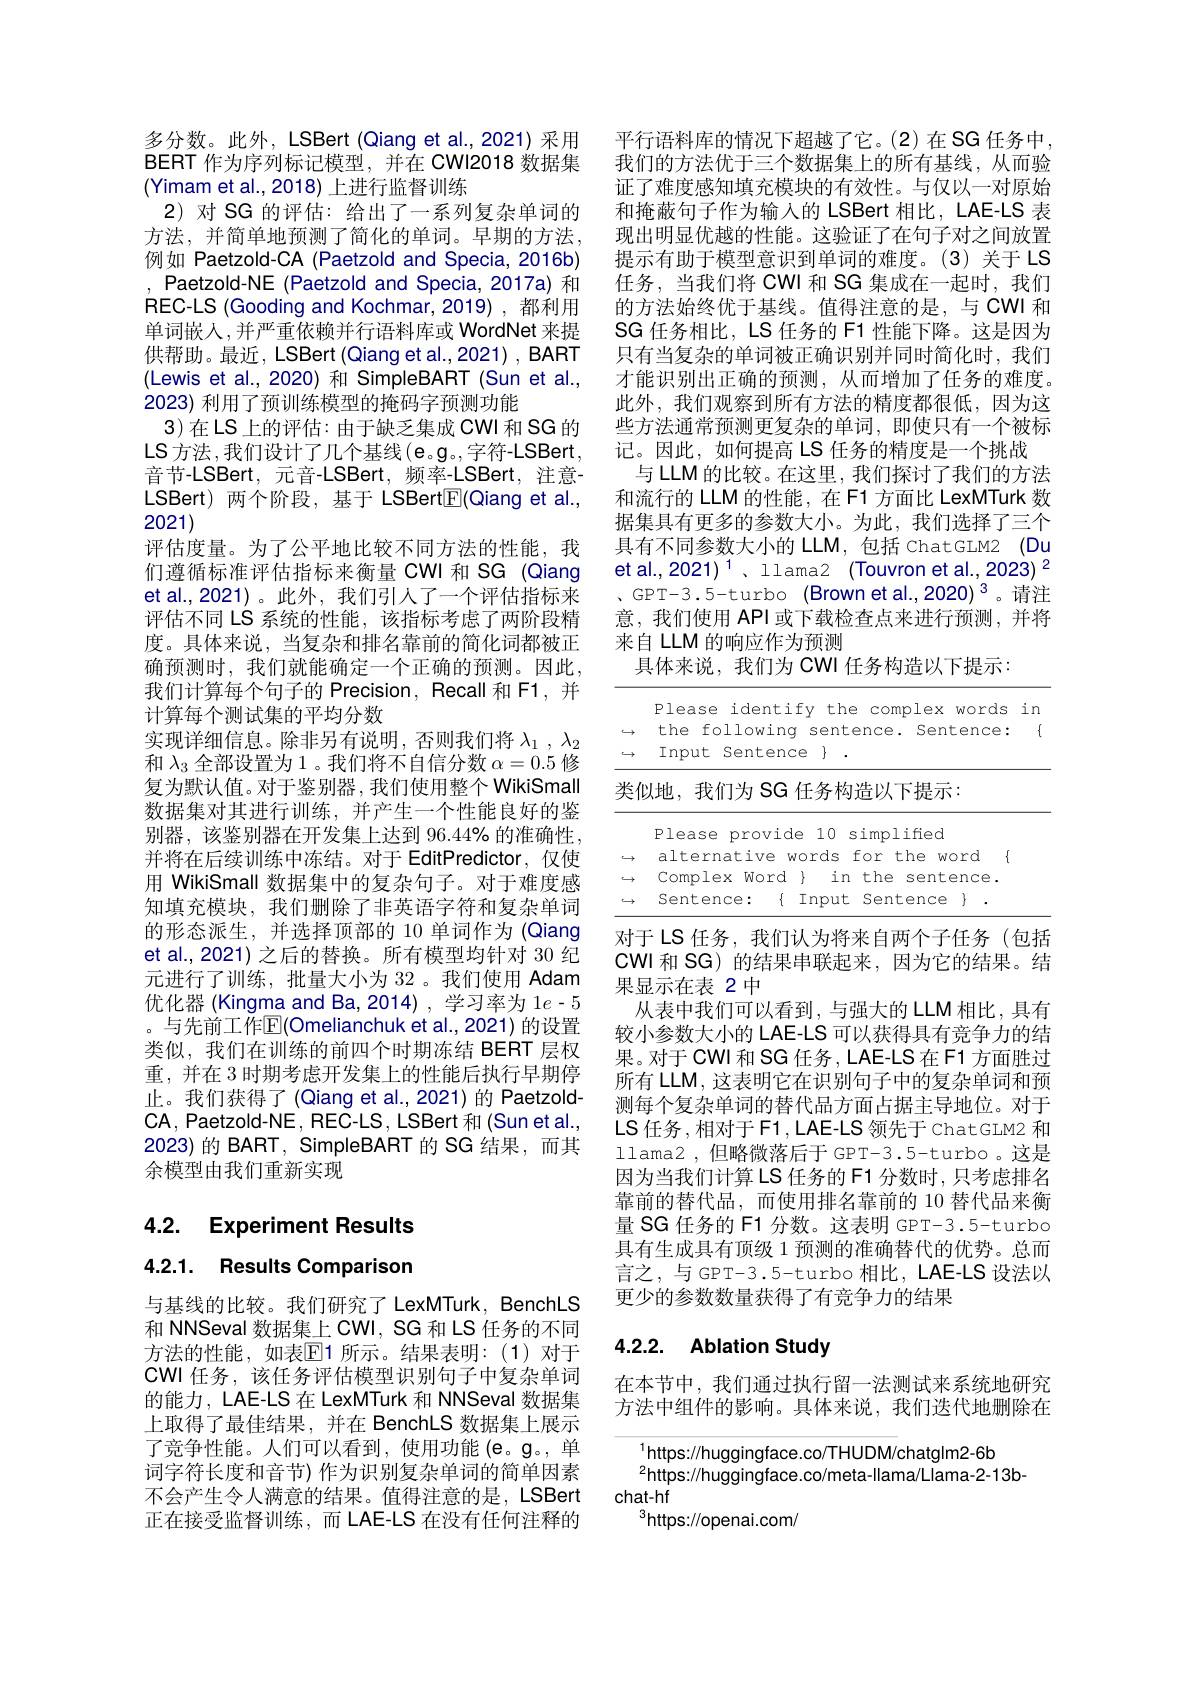
多分数。此外，LSBert (Qiang et al.,2021) 采用BERT 作为序列标记模型，并在 CWI2018 数据集(Yimam et al.,2018) 上进行监督训练
2)对 SG 的评估：给出了一系列复杂单词的方法，并简单地预测了简化的单词。早期的方法， 例如 Paetzold-CA (Paetzold and Specia, 2016b) , Paetzold-NE (Paetzold and Specia, 2017a) 和REC-LS (Gooding and Kochmar, 2019) , 都利用单词嵌人，并严重依赖并行语料库或 WordNet 来提供帮助。最近，LSBert (Qiang et al.,2021) , BART (Lewis et al.,2020) 和 SimpleBART (Sun et al., 2023) 利用了预训练模型的掩码字预测功能
3)在LS上的评估：由于缺乏集成 CWI 和 SG 的LS 方法，我们设计了几个基线 $(\mathbf{e}。\mathbf{g}$。,字符-LSBert, 音节-LSBert,元音-LSBert,频率-LSBert,注意LSBert) 两个阶段，基于 LSBert$\boxed{\mathrm{F}}($Qiang et al., 2021)
评估度量。为了公平地比较不同方法的性能，我们遵循标准评估指标来衡量 CWI 和 SG (Qiang et al.,2021)。此外，我们引人了一个评估指标来评估不同 LS 系统的性能，该指标考虑了两阶段精度。具体来说，当复杂和排名靠前的简化词都被正确预测时，我们就能确定一个正确的预测。因此， 我们计算每个句子的 Precision, Recall 和 F1,并计算每个测试集的平均分数
实现详细信息。除非另有说明，否则我们将$\lambda _1$ , $\lambda _2$ 和$\lambda_3$全部设置为 1 。我们将不自信分数$\alpha=0.5$修复为默认值。对于鉴别器，我们使用整个WikiSmall 数据集对其进行训练，并产生一个性能良好的鉴别器，该鉴别器在开发集上达到 96.44% 的准确性， 并将在后续训练中冻结。对于 EditPredictor,仅使用 WikiSmall 数据集中的复杂句子。对于难度感知填充模块，我们删除了非英语字符和复杂单词的形态派生，并选择顶部的 10 单词作为 (Qiang et al., 2021) 之后的替换。所有模型均针对 30 纪元进行了训练，批量大小为 32 。我们使用 Adam 优化器 (Kingma and Ba, 2014) , 学习率为 1$e-5$ 。与先前工作$\mathbb{E}($Omelianchuk et al.,2021) 的设置类似，我们在训练的前四个时期冻结 BERT 层权重，并在 3 时期考虑开发集上的性能后执行早期停止。我们获得了(Qiang et al., 2021) 的 Paetzold- $\mathsf{CA},\mathsf{Paetzold-NE},\mathsf{REC-LS},\mathsf{LSBert}$和$(\mathsf Sunetal.$, 2023)的 BART, SimpleBART 的 SG 结果，而其余模型由我们重新实现

4.2. Experiment Results

4.2.1. Results Comparison

与基线的比较。我们研究了 LexMTurk, BenchLS 和 NNSeval 数据集上 CWI, SG 和 LS 任务的不同方法的性能，如表$\mathbb{E}$1 所示。结果表明：(1)对于CWI 任务，该任务评估模型识别句子中复杂单词的能力，LAE-LS 在 LexMTurk 和 NNSeval 数据集上取得了最佳结果，并在 BenchLS 数据集上展示了竞争性能。人们可以看到，使用功能(e。g。,单词字符长度和音节)作为识别复杂单词的简单因素不会产生令人满意的结果。值得注意的是，LSBert 正在接受监督训练，而 LAE-LS 在没有任何注释的

平行语料库的情况下超越了它。(2)在 SG 任务中， 我们的方法优于三个数据集上的所有基线，从而验证了难度感知填充模块的有效性。与仅以一对原始和掩蔽句子作为输入的 LSBert 相比，LAE-LS 表现出明显优越的性能。这验证了在句子对之间放置提示有助于模型意识到单词的难度。(3)关于LS 任务，当我们将 CWI 和 SG 集成在一起时，我们的方法始终优于基线。值得注意的是，与 CWI 和SG 任务相比，LS 任务的 F1 性能下降。这是因为只有当复杂的单词被正确识别并同时简化时，我们才能识别出正确的预测，从而增加了任务的难度。此外，我们观察到所有方法的精度都很低，因为这些方法通常预测更复杂的单词，即使只有一个被标记。因此，如何提高 LS 任务的精度是一个挑战
与 LLM 的比较。在这里，我们探讨了我们的方法和流行的 LLM 的性能，在 F1 方面比 LexMTurk 数据集具有更多的参数大小。为此，我们选择了三个具有不同参数大小的 LLM, 包括 ChatGLM2 (Du et al., 2021)$^{1}$、llama2(Touvron et al., 2023)$^{2}$ 、 GPT- 3. 5- turbo ( Brownetal. , 2020$) ^3$。请注意，我们使用 API 或下载检查点来进行预测，并将来自 LLM 的响应作为预测
具体来说，我们为 CWI 任务构造以下提示：

Please identify the complex words in

$\leftrightarrow$the following sentence. Sentence: {

$\leftrightarrow$ Input Sentence}{}.

类似地，我们为 SG 任务构造以下提示：

Please provide 10 simplified

alternative words for the word {

$\hookrightarrow$

$\hookrightarrow$ Complex Word $\}$ in the sentence.

$Sentence:\{ Input Sentence \} .$

$\hookrightarrow$

对于 LS 任务，我们认为将来自两个子任务(包括CWI 和 SG) 的结果串联起来，因为它的结果。结果显示在表 2 中
从表中我们可以看到，与强大的 LLM 相比，具有较小参数大小的 LAE-LS 可以获得具有竞争力的结果。对于 CWI 和 SG 任务，LAE-LS 在 F1 方面胜过所有 LLM, 这表明它在识别句子中的复杂单词和预测每个复杂单词的替代品方面占据主导地位。对于LS 任务，相对于 F1 , LAE-LS 领先于 Chat GLM2 和llama2,但略微落后于 GPT-3.5-turbo。这是因为当我们计算 LS 任务的 F1 分数时，只考虑排名靠前的替代品，而使用排名靠前的 10 替代品来衡量 SG 任务的 F1 分数。这表明 GPT-3.5-turbo 具有生成具有顶级 1 预测的准确替代的优势。总而言之，与GPT-3.5-turbo相比，LAE-LS 设法以更少的参数数量获得了有竞争力的结果

# 4.2.2. Ablation Study

在本节中，我们通过执行留一法测试来系统地研究方法中组件的影响。具体来说，我们迭代地删除在

$^{1}$https://huggingface.co/THUDM/chatglm2-6b
$^{2}$https://huggingface.co/meta-llama/Llama-2-13b-
chat-hf
$^{3}$https://openai.com/